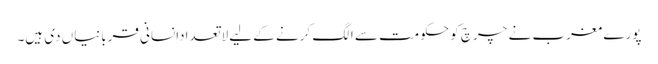
پورے مغرب نے چرچ کو حکومت سے الگ کرنے کے لیے لاتعدادانسانی قربانیاں دی ہیں۔